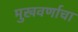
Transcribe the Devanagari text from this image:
मुखवर्णाचा